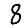
Digit: 8